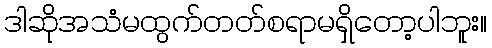
ဒါဆိုအသံမထွက်တတ်စရာမရှိတော့ပါဘူး။